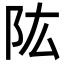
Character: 䧀